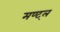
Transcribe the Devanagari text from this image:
मण्ट्ल